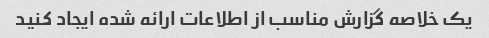
یک خلاصه گزارش مناسب از اطلاعات ارائه شده ایجاد کنید